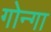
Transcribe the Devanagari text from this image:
गोन्गा